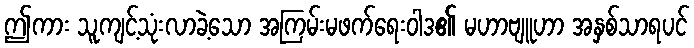
ဤကား သူကျင့်သုံးလာခဲ့သော အကြမ်းမဖက်ရေးဝါဒ၏ မဟာဗျူဟာ အနှစ်သာရပင်